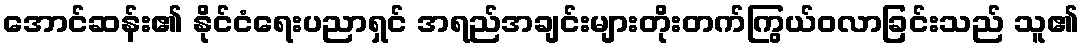
အောင်ဆန်း၏ နိုင်ငံရေးပညာရှင် အရည်အချင်းများတိုးတက်ကြွယ်ဝလာခြင်းသည် သူ၏